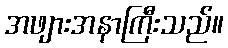
အဖျားအနာကြီးသည်။